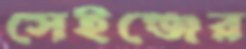
সেইঞ্জের